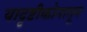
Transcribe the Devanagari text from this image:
यादृष्टीकोनातून